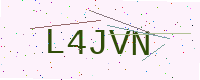
Text: L4JVN